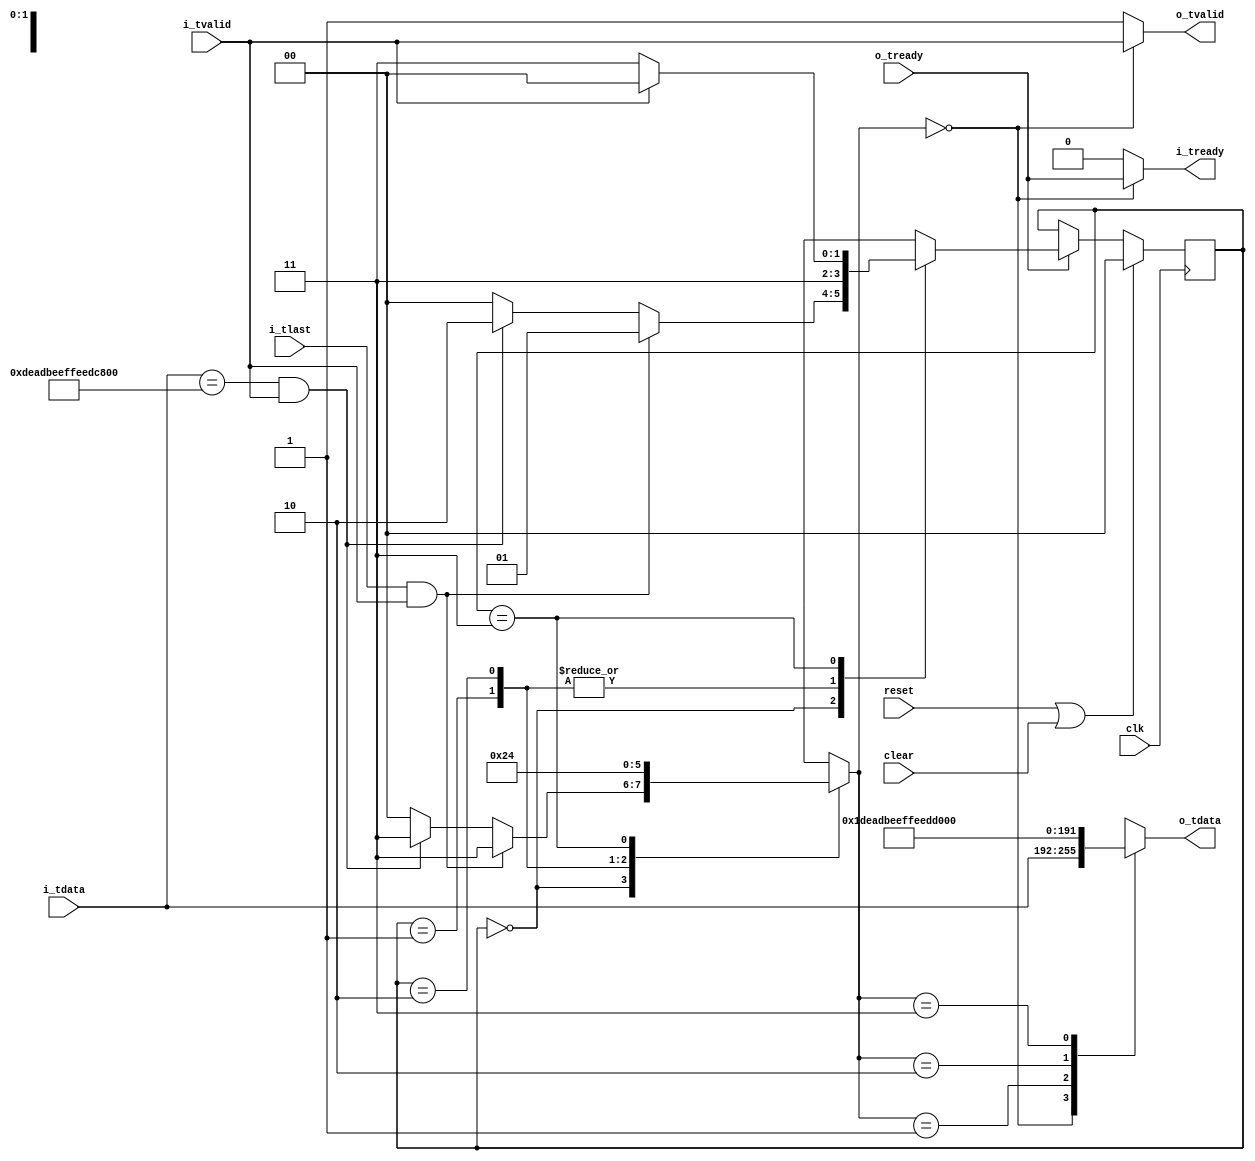
//
// Copyright 2014 Ettus Research LLC
// Copyright 2018 Ettus Research, a National Instruments Company
//
// SPDX-License-Identifier: LGPL-3.0-or-later
//
//
// AXI stream neds N+1 bits to transmit packets of N bits so that the LAST bit can be represented.
// LAST occurs relatively infrequently and can be synthesized by using an in-band ESC code to generate
// a multi-word sequence to encode it (and the escape character when it appears as data input).
//
// 0x1234567887654321 with last becomes
// 0xDEADBEEFFEEDCAFE 0x0000000000000001 0x1234567887654321
//
// 0xDEADBEEFFEEDCAFE with last becomes
// 0xDEADBEEFFEEDCAFE 0x0000000000000001 0xDEADBEEFFEEDCAFE
//
// 0xDEADBEEFFEEDCAFE without last becomes
// 0xDEADBEEFFEEDCAFE 0x0000000000000000 0xDEADBEEFFEEDCAFE
//

module axi_embed_tlast #(
  parameter WIDTH=64,
  parameter ADD_CHECKSUM=0
) (
   input clk,
   input reset,
   input clear,
   //
   input [WIDTH-1:0] i_tdata,
   input i_tlast,
   input i_tvalid,
   output i_tready,
   //
   output reg [WIDTH-1:0] o_tdata,
   output o_tvalid,
   input o_tready
);

   localparam PASS = 0;
   localparam ZERO = 1;
   localparam ONE = 2;
   localparam ESCAPE = 3;

   localparam IDLE = 0;
   localparam LAST = 1;
   localparam ESC = 2;
   localparam FINISH = 3;
   
   reg [1:0]  state, next_state;

   reg [1:0]  select;

   wire [31:0] checksum;
   generate if (ADD_CHECKSUM == 1) begin
      reg [31:0] checksum_reg;
      always @(posedge clk) begin
         if (reset | clear) begin
            checksum_reg <= 0;
         end else if (i_tready && i_tvalid && i_tlast) begin
            checksum_reg <= 0;
         end else if (i_tready && i_tvalid) begin
            checksum_reg <= checksum_reg ^ i_tdata[31:0] ^ i_tdata[63:32];
         end
      end
      assign checksum = checksum_reg;
   end else begin
      assign checksum = 32'h0;
   end endgenerate

   always @(posedge clk) 
      if (reset | clear) begin
         state <= IDLE;
      end else begin if (o_tready)
         state <= next_state;
      end 

   always @(*) begin
      case(state)
         IDLE: begin
            if (i_tlast && i_tvalid) begin
               next_state = LAST;
               select = ESCAPE;
            end else if ((i_tdata == 64'hDEADBEEFFEEDCAFE) && i_tvalid) begin
               next_state = ESC;
               select = ESCAPE;
            end else begin
               next_state = IDLE;
               select = PASS;
            end
         end // case: IDLE

         LAST: begin
            select = ONE;
            next_state = FINISH;
         end

         ESC: begin
            select = ZERO;
            next_state = FINISH;
         end

         FINISH: begin
            select = PASS;
            if (i_tvalid)
               next_state = IDLE;
            else
               next_state = FINISH;
         end
      endcase // case(state)
   end // always @ (*)

   //
   // Muxes
   //
   always @*
      begin
         case(select)
            PASS:   o_tdata = i_tdata;
            ZERO:   o_tdata = 0;
            ONE:    o_tdata = {checksum[31:0],32'h1};
            ESCAPE: o_tdata = 64'hDEADBEEFFEEDCAFE;
         endcase // case(select)
      end

   assign o_tvalid = (select == PASS) ? i_tvalid : 1'b1;
   assign i_tready = (select == PASS) ? o_tready : 1'b0;

endmodule // axi_embed_tlast